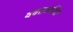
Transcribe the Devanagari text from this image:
वक्तव्यमिदं